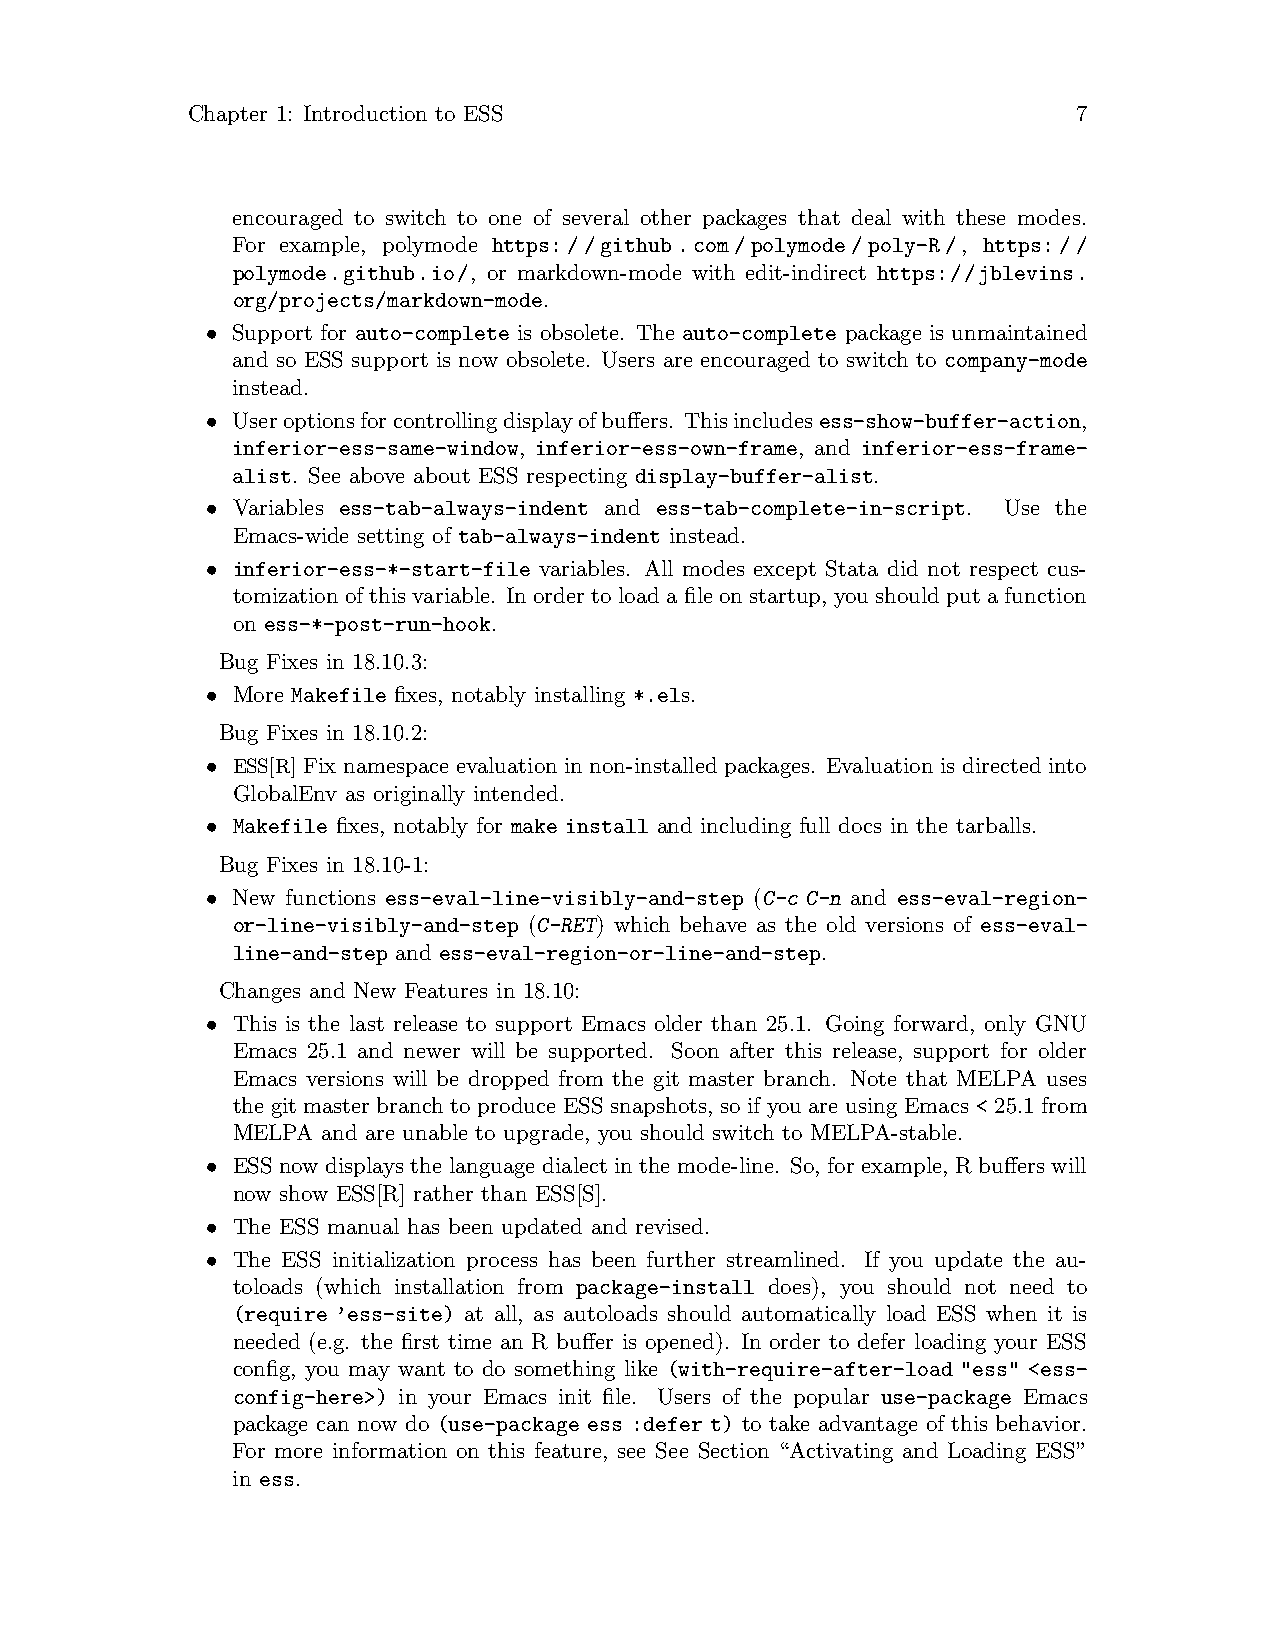
Chapter 1: Introduction to ESS                             7
 encouraged to switch to one of several other packages that deal with these modes.
 For example, polymode https://github.com/polymode/poly-R/, https://
 polymode.github.io/, or markdown-mode with edit-indirect https://jblevins.
 org/projects/markdown-mode.
 • Support for auto-complete is obsolete. The auto-complete package is unmaintained
 and so ESS support is now obsolete. Users are encouraged to switch to company-mode
 instead.
 • Useroptionsforcontrollingdisplayofbuffers. Thisincludesess-show-buffer-action,
 inferior-ess-same-window, inferior-ess-own-frame, and inferior-ess-frame-
 alist. See above about ESS respecting display-buffer-alist.
 • Variables ess-tab-always-indent and ess-tab-complete-in-script. Use the
 Emacs-wide setting of tab-always-indent instead.
 • inferior-ess-*-start-file variables. All modes except Stata did not respect cus-
 tomization of this variable. In order to load a file on startup, you should put a function
 on ess-*-post-run-hook.
 Bug Fixes in 18.10.3:
 • More Makefile fixes, notably installing *.els.
 Bug Fixes in 18.10.2:
 • ESS[R] Fix namespace evaluation in non-installed packages. Evaluation is directed into
 GlobalEnv as originally intended.
 • Makefile fixes, notably for make install and including full docs in the tarballs.
 Bug Fixes in 18.10-1:
 • New functions ess-eval-line-visibly-and-step (C-c C-n and ess-eval-region-
 or-line-visibly-and-step (C-RET) which behave as the old versions of ess-eval-
 line-and-step and ess-eval-region-or-line-and-step.
 Changes and New Features in 18.10:
 • This is the last release to support Emacs older than 25.1. Going forward, only GNU
 Emacs 25.1 and newer will be supported. Soon after this release, support for older
 Emacs versions will be dropped from the git master branch. Note that MELPA uses
 the git master branch to produce ESS snapshots, so if you are using Emacs < 25.1 from
 MELPA and are unable to upgrade, you should switch to MELPA-stable.
 • ESS now displays the language dialect in the mode-line. So, for example, R buffers will
 now show ESS[R] rather than ESS[S].
 • The ESS manual has been updated and revised.
 • The ESS initialization process has been further streamlined. If you update the au-
 toloads (which installation from package-install does), you should not need to
 (require ’ess-site) at all, as autoloads should automatically load ESS when it is
 needed (e.g. the first time an R buffer is opened). In order to defer loading your ESS
 config, you may want to do something like (with-require-after-load "ess" <ess-
 config-here>) in your Emacs init file. Users of the popular use-package Emacs
 package can now do (use-package ess :defer t) to take advantage of this behavior.
 For more information on this feature, see See Section “Activating and Loading ESS”
 in ess.